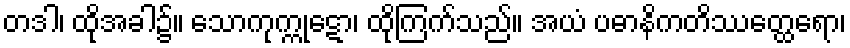
တဒါ၊ ထိုအခါ၌။ သောကုက္ကုဋော၊ ထိုကြက်သည်။ အယံ ပဓာနိကတိဿတ္ထေရော၊